Report on horse surra - Volume II, Part II
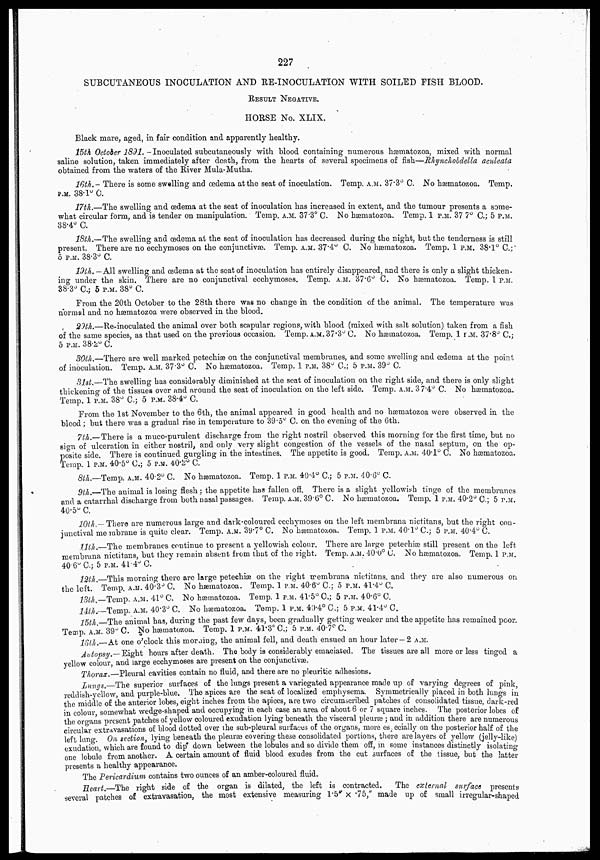
227
SUBCUTANEOUS INOCULATION AND RE-INOCULATION WITH SOILED FISH BLOOD.
RESULT NEGATIVE.
HORSE No. XLIX.
Black mare, aged, in fair condition and apparently healthy.
15th October 1891.—Inoculated subcutaneously with blood containing numerous hæmatozoa, mixed with normal
saline solution, taken immediately after death, from the hearts of several specimens of fish—Rhynchobdella aculeata
obtained from the waters of the River Mula-Mutha.
16th.—There is some swelling and œdema at the seat of inoculation. Temp. A.M. 37.3° C. No hæmatozoa. Temp.
P.M. 38.1° C.
17th.—The swelling and œdema at the seat of inoculation has increased in extent, and the tumour presents a some-
what circular form, and is tender on manipulation. Temp. A.M. 37.3° C. No hæmatozoa. Temp. 1 P.M. 37.7° C.; 5 P.M.
38.4° C.
18th.—The swelling and œdema at the seat of inoculation has decreased during the night, but the tenderness is still
present. There are no ecchymoses on the conjunctivæ. Temp. A.M. 37.4° C. No hæmatozoa. Temp. 1 P.M. 38.1° C.;
5 P.M. 38.3° C.
19th.—All swelling and œdema at the seat of inoculation has entirely disappeared, and there is only a slight thicken-
ing under the skin. There are no conjunctival ecchymoses. Temp. A.M. 37.6° C. No hæmatozoa. Temp. 1 P.M.
38.3° C.; 5 P.M. 38° C.
From the 20th October to the 28th there was no change in the condition of the animal. The temperature was
normal and no hæmatozoa were observed in the blood.
29th.—Re-inoculated the animal over both scapular regions, with blood (mixed with salt solution) taken from a fish
of the same species, as that used on the previous occasion. Temp. A.M. 37.3° C. No hæmatozoa. Temp. 1 P.M. 37.8° C.;
5 P.M. 38.2° C.
30th.—There are well marked petechiæ on the conjunctival membranes, and some swelling and œdema at the point
of inoculation. Temp. A.M. 37.3° C. No hæmatozoa. Temp. 1 P.M. 38°C.; 5 P.M. 39° C.
31st.—The swelling has considerably diminished at the seat of inoculation on the right side, and there is only slight
thickening of the tissues over and around the seat of inoculation on the left side. Temp. A.M. 37.4° C. No hæmatozoa.
Temp. 1 P.M. 38° C.; 5 P.M. 38.4° C.
From the 1st November to the 6th, the animal appeared in good health and no hæmatozoa were observed in the
blood ; but there was a gradual rise in temperature to 39.5° C. on the evening of the 6th.
7th.— There is a muco-purulent discharge from the right nostril observed this morning for the first time, but no
sign of ulceration in either nostril, and only very slight congestion of the vessels of the nasal septum, on the op-
posite side. There is continued gurgling in the intestines. The appetite is good. Temp. A.M. 40.1° C. No hæmatozoa.
Temp. 1 P.M. 40.5° C.; 5 P.M. 40.2° C.
8th.—Temp. A.M. 40.2° C. No hæmatozoa. Temp. 1 P.M. 40.4° C.; 5 P.M. 40.6° C.
9th.—The animal is losing flesh ; the appetite has fallen off. There is a slight yellowish tinge of the membranes
and a catarrhal discharge from both nasal passages. Temp. A.M. 39.6° C. No hæmatozoa. Temp. 1 P.M. 40.2° C.; 5 P.M.
40.5° C.
10th.—There are numerous large and dark-coloured ecchymoses on the left membrana nictitans, but the right con-
junctival membrane is quite clear. Temp. A.M. 39.7° C. No hæmatozoa. Temp. 1 P.M. 40.1° C.; 5 P.M. 40.4° C.
11th.—The membranes continue to present a yellowish colour. There are large petechiæ still present on the left
membrana nictitans, but they remain absent from that of the right. Temp. A.M. 40.0°C. No hæmatozoa. Temp. 1 P.M.
40.6° C.; 5 P.M. 41.4° C.
12th.—This morning there are large petechiæ on the right membrana nictitans, and they are also numerous on
the left. Temp. A.M. 40.3° C. NO hæmatozoa. Temp. 1 P.M. 40.6° C.; 5 P.M. 41.4° C.
13th.—Temp. A.M. 41° C. No hæmatozoa. Temp. 1 P.M. 41.5° C.; 5 P.M. 40.6° C.
14th.—Temp. A.M. 40.3° C. No hæmatozoa. Temp. 1 P.M. 40.4° C.; 5 P.M. 41.4° C.
15th.—The animal has, during the past few days, been gradually getting weaker and the appetite has remained poor.
Temp. A.M. 39° C. No hæmatozoa. Temp. 1 P.M. 41.3° C.; 5 P.M. 40.7° C.
16th.—At one o'clock this morning, the animal fell, and death ensued an hour later —2 A.M.
Autopsy.—Eight hours after death. The body is considerably emaciated. The tissues are all more or less tinged a
yellow colour, and large ecchymoses are present on the conjunctivæ.
Thorax.—Pleural cavities contain no fluid, and there are no pleuritic adhesions.
Lungs.—The superior surfaces of the lungs present a variegated appearance made up of varying degrees of pink,
reddish-yellow, and purple-blue. The apices are the seat of localized emphysema. Symmetrically placed in both lungs in
the middle of the anterior lobes, eight inches from the apices, are two circumscribed patches of consolidated tissue, dark-red
in colour, somewhat wedge-shaped and occupying in each case an area of about 6 or 7 square inches. The posterior lobes of
the organs present patches of yellow coloured exudation lying beneath the visceral pleuræ ; and in addition there are numerous
circular extravasations of blood dotted over the sub-pleural surfaces of the organs, more especially on the posterior half of the
left lung. On section, lying beneath the pleuræ covering these consolidated portions, there are layers of yellow (jelly-like)
exudation, which are found to dip down between the lobules and so divide them off, in some instances distinctly isolating
one lobule from another. A certain amount of fluid blood exudes from the cut surfaces of the tissue, but the latter
presents a healthy appearance.
The Pericardium contains two ounces of an amber-coloured fluid.
Heart.—The right side of the organ is dilated, the left is contracted.
The external surface presents
several patches of extravasation, the most extensive measuring 1.5" × .75," made up of small irregular-shaped